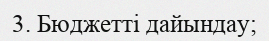
3. Бюджетті дайындау;